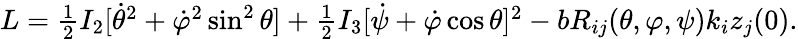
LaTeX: \begin{array}{r}{L=\frac 12I_{2}[\dot{\theta}^{2}+\dot{\varphi}^{2}\sin^{2}\theta]+\frac 12I_{3}[\dot{\psi}+\dot{\varphi}\cos\theta]^{2}-bR_{ij}(\theta,\varphi,\psi)k_{i}z_{j}(0).}\end{array}